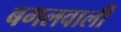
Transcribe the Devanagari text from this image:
बगलवाली